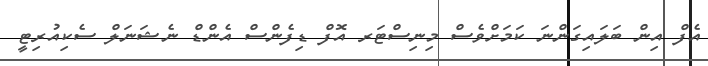
އެފް އިން ބަލައިގަންނަ ކަމަށްވެސް މިނިސްޓަރ އޮފް ޑިފެންސް އެންޑް ނެޝަނަލް ސެކިއުރިޓީ